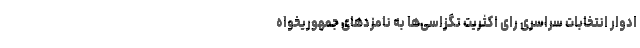
ادوار انتخابات سراسری رای اکثریت تگزاسی‌ها به نامزدهای جمهوریخواه